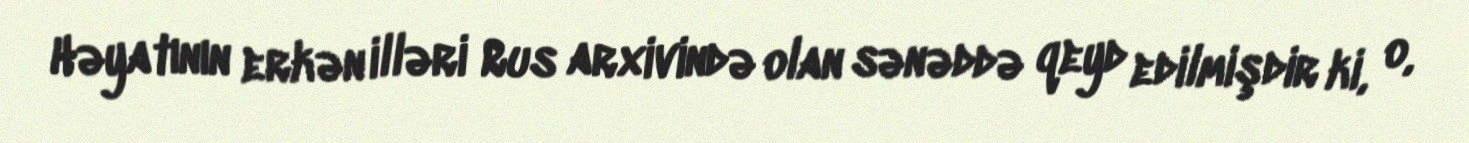
Həyatının erkən illəri Rus arxivində olan sənəddə qeyd edilmişdir ki, o,